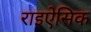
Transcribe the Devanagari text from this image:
राइऐसिक